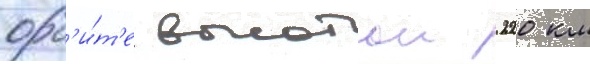
орб'и́т'е высотои 220 км